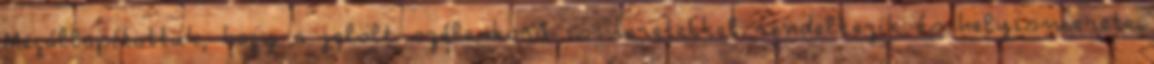
Megállapítottuk, hogy a jelölt széleskörű ismeretekkel rendelkezik és helyismerete